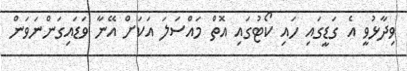
ވިދާޅުވީ އެ ގަޑީގައި ހައި ކޯޓުގައި އޮތް މައްސަލަ އަކަށް އޭނާ ވަޑައިގަންނަވަން